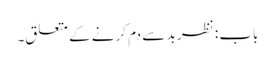
باب : نظر بد سے دم کرنے کے متعلق۔